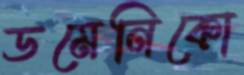
ডমেনিকো